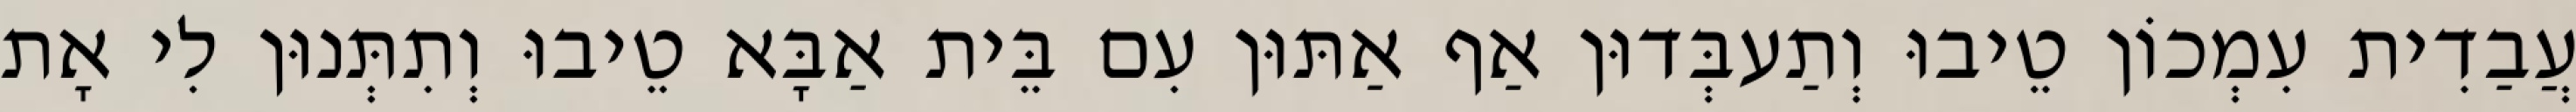
עֲבַדִית עִמְכוֹן טֵיבוּ וְתַעבְּדוּן אַף אַתּוּן עִם בֵּית אַבָּא טֵיבוּ וְתִתְּנוּן לִי אָת